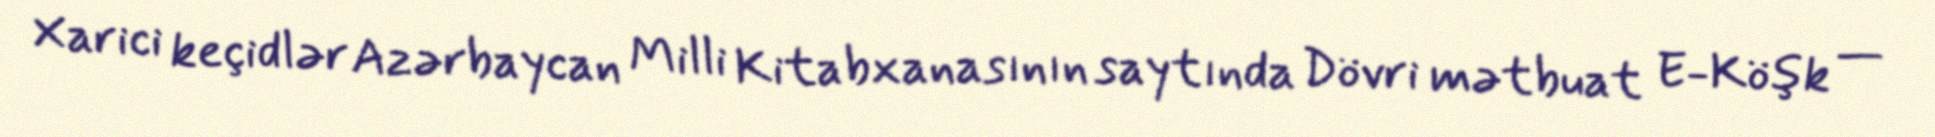
Xarici keçidlər Azərbaycan Milli Kitabxanasının saytında Dövri mətbuat E-Köşk —